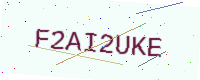
Text: F2AI2UKE